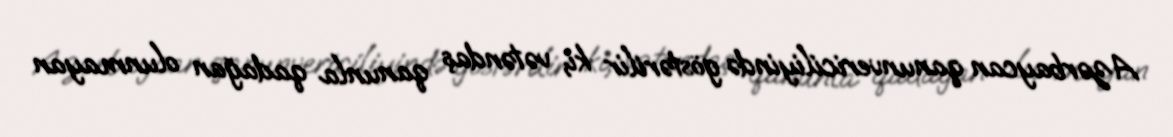
Azərbaycan qanunvericiliyində göstərilir ki, vətəndaş qanunla qadağan olunmayan